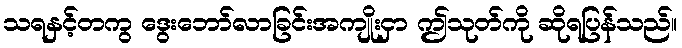
သရနှင့်တကွ ဒွေးဘော်လာခြင်းအကျိုးငှာ ဤသုတ်ကို ဆိုရပြန်သည်။